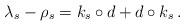
LaTeX: \begin{align*} \lambda_s - \rho_s = k_s \circ d + d \circ k_s\,.\end{align*}